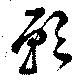
願